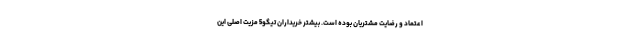
اعتماد و رضایت مشتریان بوده است. بیشتر خریداران تیگو5 مزیت اصلی این